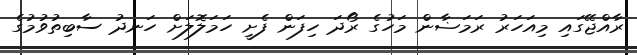
ރާއްޖޭގައި މިއަހަރު ރަމަޟާން މަހުގެ ރޯދަ ހިފަން ފެށީ ހަމަލޮލަށް ހަނދު ސާބިތުވުމުގެ